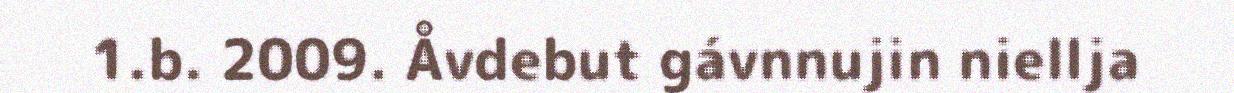
1.b. 2009. Åvdebut gávnnujin niellja